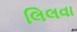
લિલવા